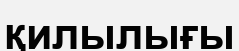
қилылығы